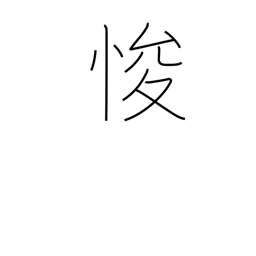
Meaning: amend